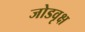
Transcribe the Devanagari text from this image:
जोडवृक्ष